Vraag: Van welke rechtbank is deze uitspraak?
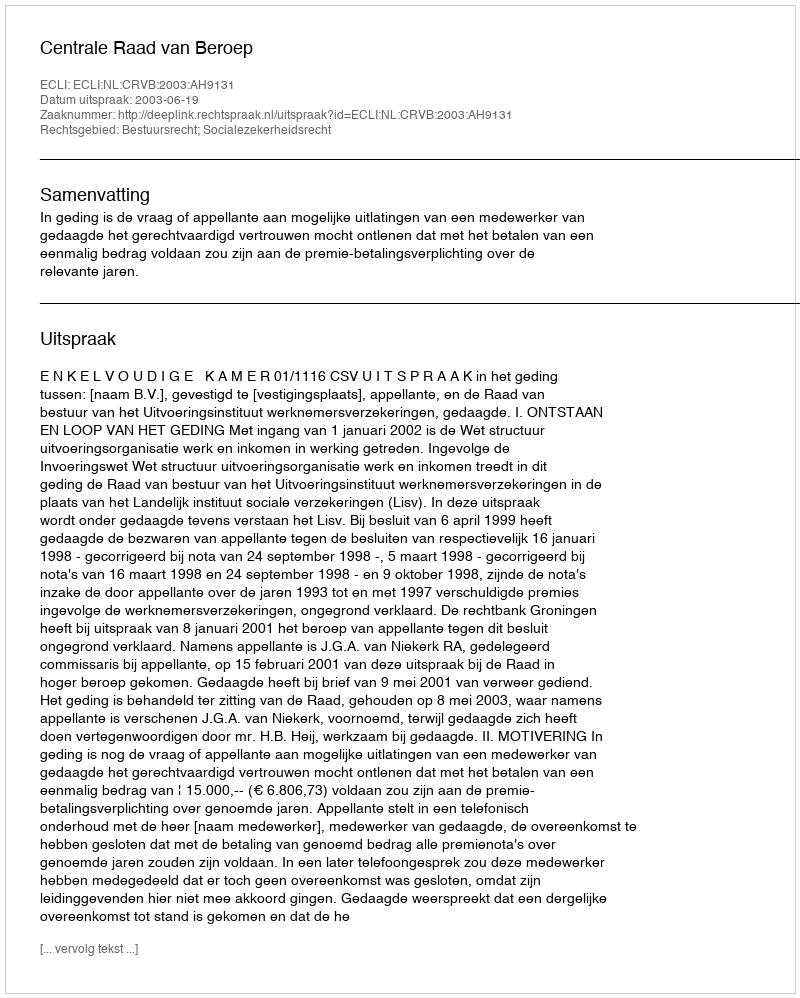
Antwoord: Centrale Raad van Beroep